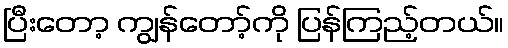
ပြီးတော့ ကျွန်တော့်ကို ပြန်ကြည့်တယ်။